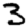
Digit: 3